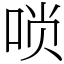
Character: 唢